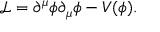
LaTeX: { \mathcal { L } } = \partial ^ { \mu } \phi \partial _ { \mu } \phi - V ( \phi ) .